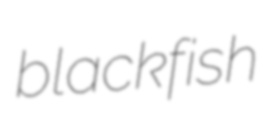
blackfish